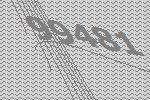
99481